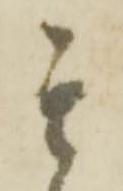
其